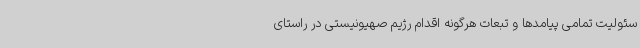
سئولیت تمامی پیامدها و تبعات هرگونه اقدام رژیم صهیونیستی در راستای